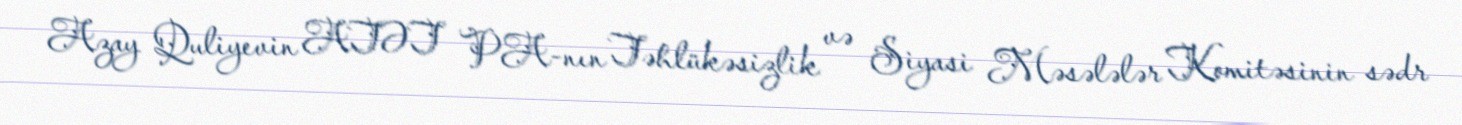
Azay Quliyevin ATƏT PA-nın Təhlükəsizlik və Siyasi Məsələlər Komitəsinin sədr